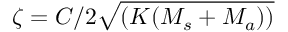
\zeta = C / 2 \sqrt { ( K ( M _ { s } + M _ { a } ) ) }